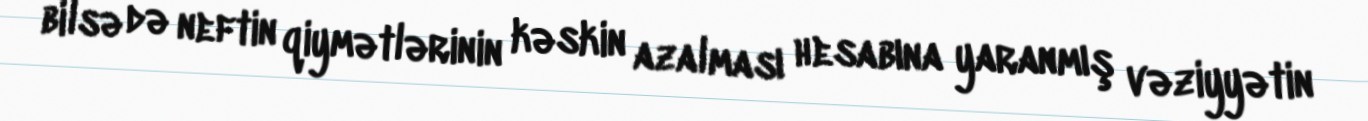
bilsə də neftin qiymətlərinin kəskin azalması hesabına yaranmış vəziyyətin